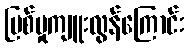
ပြစ်မှုကျူးလွန်ကြောင်း